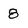
Character: 8